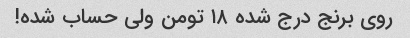
روی برنج درج شده ۱۸ تومن ولی حساب شده!